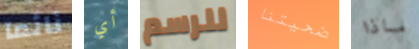
نائما أي للرسم ضحيتنا ماذا